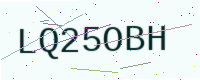
Text: LQ25OBH